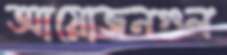
আয়োজনগুল